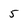
Character: 5